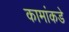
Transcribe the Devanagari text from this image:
कामांकडे